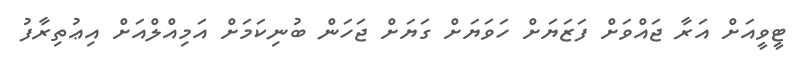
ޓީވީއަށް އަރާ ޖައްވަށް ފަޒަޔަށް ހަވަޔަށް ގަޔަށް ޖަހަން ބުނިކަމަށް އަމިއްލްއަށް އިޢުތިރާފު